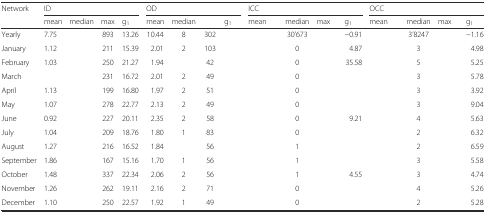
<table><thead><tr><td><b>Network</b></td><td colspan="4"><b>ID</b></td><td colspan="4"><b>OD</b></td><td colspan="4"><b>ICC</b></td><td colspan="4"><b>OCC</b></td></tr><tr><td>[EMPTY_CELL]</td><td><b>mean</b></td><td><b>median</b></td><td><b>max</b></td><td><b>g<sub>1</sub></b></td><td><b>mean</b></td><td><b>median</b></td><td>[EMPTY_CELL]</td><td><b>g<sub>1</sub></b></td><td><b>mean</b></td><td><b>median</b></td><td><b>max</b></td><td><b>g<sub>1</sub></b></td><td><b>mean</b></td><td><b>median</b></td><td><b>max</b></td><td><b>g<sub>1</sub></b></td></tr></thead><tbody><tr><td>Yearly</td><td>7.75</td><td>[EMPTY_CELL]</td><td>893</td><td>13.26</td><td>10.44</td><td>8</td><td>302</td><td>[EMPTY_CELL]</td><td>[EMPTY_CELL]</td><td>30’673</td><td>[EMPTY_CELL]</td><td>−0.91</td><td>[EMPTY_CELL]</td><td>3’8247</td><td>[EMPTY_CELL]</td><td>−1.16</td></tr><tr><td>January</td><td>1.12</td><td>[EMPTY_CELL]</td><td>211</td><td>15.39</td><td>2.01</td><td>2</td><td>103</td><td>[EMPTY_CELL]</td><td>[EMPTY_CELL]</td><td>0</td><td>[EMPTY_CELL]</td><td>4.87</td><td>[EMPTY_CELL]</td><td>3</td><td>[EMPTY_CELL]</td><td>4.98</td></tr><tr><td>February</td><td>1.03</td><td>[EMPTY_CELL]</td><td>250</td><td>21.27</td><td>1.94</td><td>[EMPTY_CELL]</td><td>42</td><td>[EMPTY_CELL]</td><td>[EMPTY_CELL]</td><td>0</td><td>[EMPTY_CELL]</td><td>35.58</td><td>[EMPTY_CELL]</td><td>5</td><td>[EMPTY_CELL]</td><td>5.25</td></tr><tr><td>March</td><td>[EMPTY_CELL]</td><td>[EMPTY_CELL]</td><td>231</td><td>16.72</td><td>2.01</td><td>2</td><td>49</td><td>[EMPTY_CELL]</td><td>[EMPTY_CELL]</td><td>0</td><td>[EMPTY_CELL]</td><td>[EMPTY_CELL]</td><td>[EMPTY_CELL]</td><td>3</td><td>[EMPTY_CELL]</td><td>5.78</td></tr><tr><td>April</td><td>1.13</td><td>[EMPTY_CELL]</td><td>199</td><td>16.80</td><td>1.97</td><td>2</td><td>51</td><td>[EMPTY_CELL]</td><td>[EMPTY_CELL]</td><td>0</td><td>[EMPTY_CELL]</td><td>[EMPTY_CELL]</td><td>[EMPTY_CELL]</td><td>3</td><td>[EMPTY_CELL]</td><td>3.92</td></tr><tr><td>May</td><td>1.07</td><td>[EMPTY_CELL]</td><td>278</td><td>22.77</td><td>2.13</td><td>2</td><td>49</td><td>[EMPTY_CELL]</td><td>[EMPTY_CELL]</td><td>0</td><td>[EMPTY_CELL]</td><td>[EMPTY_CELL]</td><td>[EMPTY_CELL]</td><td>3</td><td>[EMPTY_CELL]</td><td>9.04</td></tr><tr><td>June</td><td>0.92</td><td>[EMPTY_CELL]</td><td>227</td><td>20.11</td><td>2.35</td><td>2</td><td>58</td><td>[EMPTY_CELL]</td><td>[EMPTY_CELL]</td><td>0</td><td>[EMPTY_CELL]</td><td>9.21</td><td>[EMPTY_CELL]</td><td>4</td><td>[EMPTY_CELL]</td><td>5.63</td></tr><tr><td>July</td><td>1.04</td><td>[EMPTY_CELL]</td><td>209</td><td>18.76</td><td>1.80</td><td>1</td><td>83</td><td>[EMPTY_CELL]</td><td>[EMPTY_CELL]</td><td>0</td><td>[EMPTY_CELL]</td><td>[EMPTY_CELL]</td><td>[EMPTY_CELL]</td><td>2</td><td>[EMPTY_CELL]</td><td>6.32</td></tr><tr><td>August</td><td>1.27</td><td>[EMPTY_CELL]</td><td>216</td><td>16.52</td><td>1.84</td><td>[EMPTY_CELL]</td><td>56</td><td>[EMPTY_CELL]</td><td>[EMPTY_CELL]</td><td>1</td><td>[EMPTY_CELL]</td><td>[EMPTY_CELL]</td><td>[EMPTY_CELL]</td><td>2</td><td>[EMPTY_CELL]</td><td>6.59</td></tr><tr><td>September</td><td>1.86</td><td>[EMPTY_CELL]</td><td>167</td><td>15.16</td><td>1.70</td><td>1</td><td>56</td><td>[EMPTY_CELL]</td><td>[EMPTY_CELL]</td><td>1</td><td>[EMPTY_CELL]</td><td>[EMPTY_CELL]</td><td>[EMPTY_CELL]</td><td>3</td><td>[EMPTY_CELL]</td><td>5.58</td></tr><tr><td>October</td><td>1.48</td><td>[EMPTY_CELL]</td><td>337</td><td>22.34</td><td>2.06</td><td>2</td><td>56</td><td>[EMPTY_CELL]</td><td>[EMPTY_CELL]</td><td>1</td><td>[EMPTY_CELL]</td><td>4.55</td><td>[EMPTY_CELL]</td><td>3</td><td>[EMPTY_CELL]</td><td>4.74</td></tr><tr><td>November</td><td>1.26</td><td>[EMPTY_CELL]</td><td>262</td><td>19.11</td><td>2.16</td><td>2</td><td>71</td><td>[EMPTY_CELL]</td><td>[EMPTY_CELL]</td><td>0</td><td>[EMPTY_CELL]</td><td>[EMPTY_CELL]</td><td>[EMPTY_CELL]</td><td>4</td><td>[EMPTY_CELL]</td><td>5.26</td></tr><tr><td>December</td><td>1.10</td><td>[EMPTY_CELL]</td><td>250</td><td>22.57</td><td>1.92</td><td>1</td><td>49</td><td>[EMPTY_CELL]</td><td>[EMPTY_CELL]</td><td>0</td><td>[EMPTY_CELL]</td><td>[EMPTY_CELL]</td><td>[EMPTY_CELL]</td><td>2</td><td>[EMPTY_CELL]</td><td>5.28</td></tr></tbody></table>